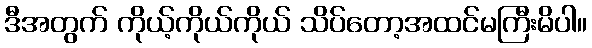
ဒီအတွက် ကိုယ့်ကိုယ်ကိုယ် သိပ်တော့အထင်မကြီးမိပါ။